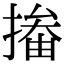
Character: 㨧